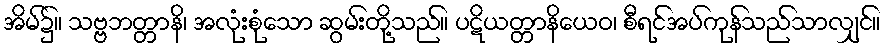
အိမ်၌။ သဗ္ဗဘတ္တာနိ၊ အလုံးစုံသော ဆွမ်းတို့သည်။ ပဋိယတ္တာနိယေဝ၊ စီရင်အပ်ကုန်သည်သာလျှင်။